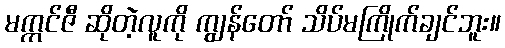
မက္ကင်ဇီ ဆိုတဲ့လူကို ကျွန်တော် သိပ်မကြိုက်ချင်ဘူး။